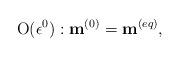
LaTeX: \begin{align*}{\rm O}(\epsilon ^0):{{{\bf{ m}}}}^{(0)}={{{\bf{ m}}}}^{(eq)}, \end{align*}